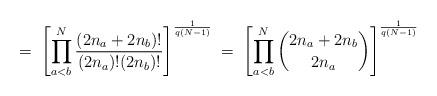
LaTeX: \begin{align*}= \;\left[\prod_{a<b}^N \frac{(2n_a+2n_b)!}{(2n_a)!(2n_b)!}\right]^{\frac{1}{q(N-1)}}\; = \; \left[\prod_{a<b}^N { 2n_a+2n_b \choose 2n_a }\right]^{\frac{1}{q(N-1)}}\end{align*}